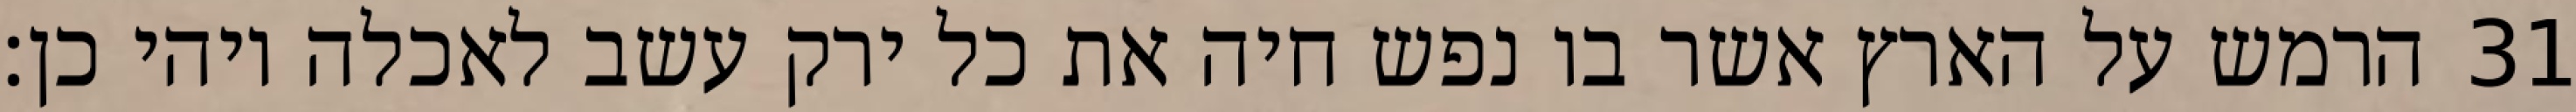
הרמש על הארץ אשר בו נפש חיה את כל ירק עשב לאכלה ויהי כן׃ ‎31‏